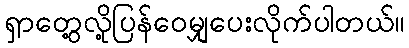
ရှာတွေ့လို့ပြန်ဝေမျှပေးလိုက်ပါတယ်။